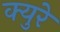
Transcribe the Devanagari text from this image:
क्युरे